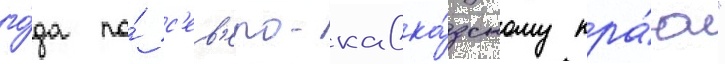
го́да по́ с'ев'еро-кавка́зскому кра́ю"